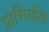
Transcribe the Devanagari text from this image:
प्राणियोंके